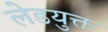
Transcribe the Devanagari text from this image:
लेडयुक्त